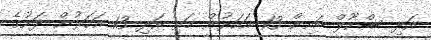
އަދި ސްކޫލް ބައިން 13 އަހަރުން މަތި އަދި 13 އަހަރުން ދަށުގެ